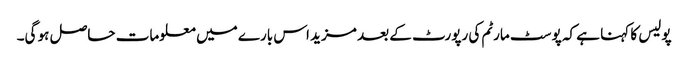
پولیس کا کہنا ہے کہ پوسٹ مارٹم کی رپورٹ کے بعد مزید اس بارے میں معلومات حاصل ہو گی۔